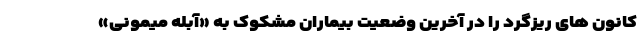
کانون های ریزگرد را در آخرین وضعیت بیماران مشکوک به «آبله میمونی»